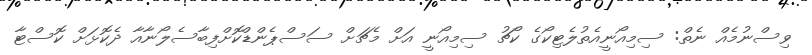
ވިސްނުމެއް ނެތް: ސިމިއޯނީއެތުލެޓިކޯގެ ކޯޗު ސިމިއޯނީ އަށް މެޗަށް ސަސްޕެންޑްކޮށްފިބާސެލޯނާއާ ދެކޮޅަށް ކޮސްޓާ